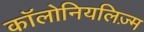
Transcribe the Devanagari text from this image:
कॉलोनियलिज़्म